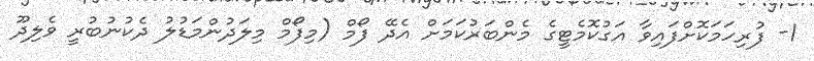
1- ފުރިހަމަކޮށްފައިވާ އަގުކޮމެޓީގެ މެންބަރުކަމަށް އެދޭ ފޯމް (މިފޯމް މިލަދުންމަޑުލު ދެކުނުބުރީ ވެލިދޫ